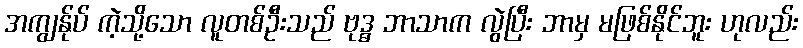
အကျွန်ုပ် ကဲ့သို့သော လူတစ်ဦးသည် ဗုဒ္ဓ ဘာသာက လွဲပြီး ဘာမှ မဖြစ်နိုင်ဘူး ဟုလည်း